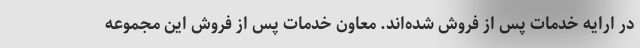
در ارایه خدمات پس از فروش شده‌اند. معاون خدمات پس از فروش این مجموعه